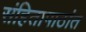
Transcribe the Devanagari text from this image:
संहितापाठांत